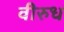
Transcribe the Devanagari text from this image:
वीरुध